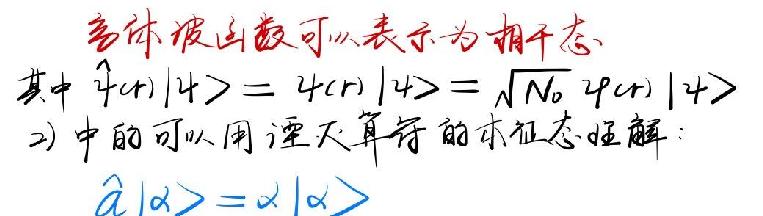
多体波函数可以表示为相干态，
其中 $\hat{f}(r)|\psi\rangle = f(r)|\psi\rangle=\sqrt{N_0}f(r)|\psi\rangle$
2) 中的可以用湮灭算符的本征态理解：
$\hat{a}|\alpha\rangle=\alpha|\alpha\rangle$